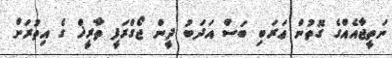
ނަތީޖާއެއްގެ ގޮތުން ޢަރަބި ބަސް އަދަބު ދީން ޖޯގްރަފީ ތާރީޚް ގެ އިތުރަށް